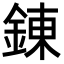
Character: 錬